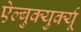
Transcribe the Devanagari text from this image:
ऐल्बुक्युर्क्यू